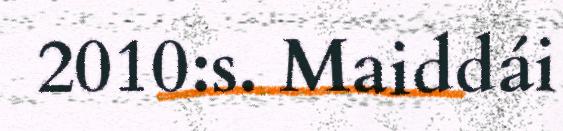
2010:s. Maiddái